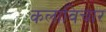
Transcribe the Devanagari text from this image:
कलाविचार